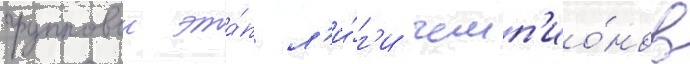
групповои эта́п л'и́г'и чемп'ио́нов